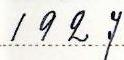
1927